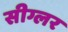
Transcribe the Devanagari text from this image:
सीग्लर